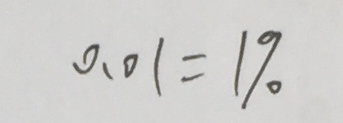
0 . 0 1 = 1 \%